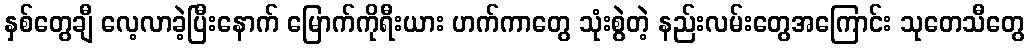
နှစ်တွေချီ လေ့လာခဲ့ပြီးနောက် မြောက်ကိုရီးယား ဟက်ကာတွေ သုံးစွဲတဲ့ နည်းလမ်းတွေအကြောင်း သုတေသီတွေ